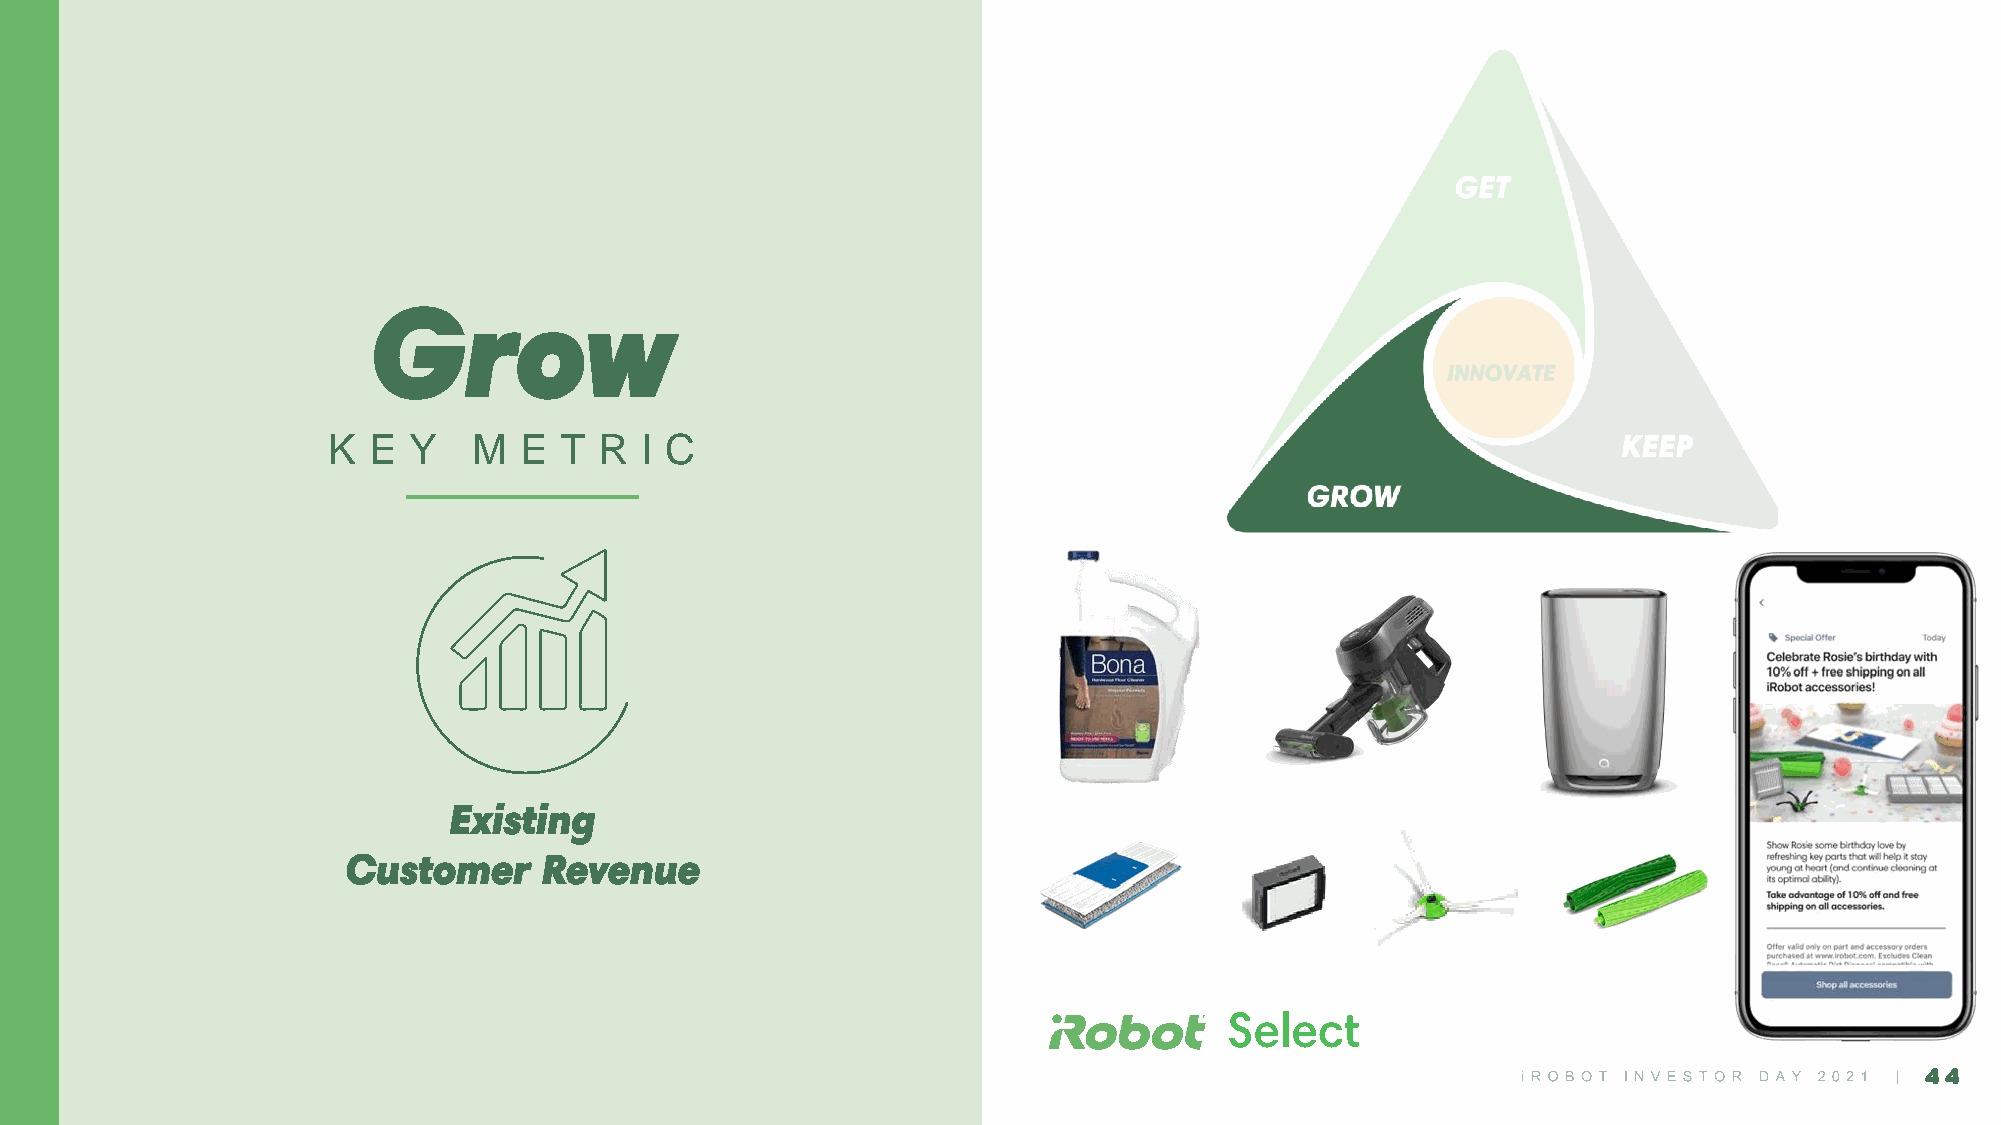
Grow
 K E  Y   M  E  T  R I C
 Existing
 Customer     Revenue
 44